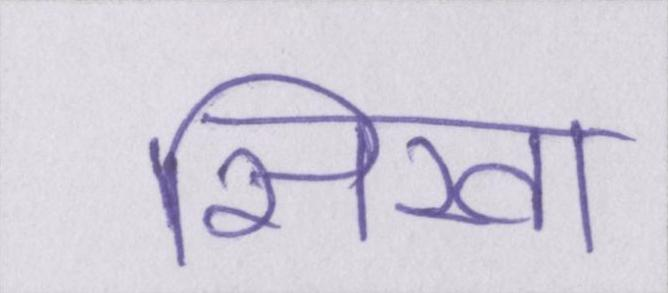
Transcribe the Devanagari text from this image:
सिखा